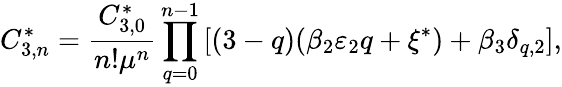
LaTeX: C_{3,n}^{*}=\frac{C_{3,0}^{*}}{n!\mu^{n}}\prod_{q=0}^{n-1}\left[(3-q)(\beta_{2}\varepsilon_{2}q+\xi^{*})+\beta_{3}\delta_{q,2}\right],